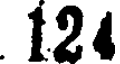
124